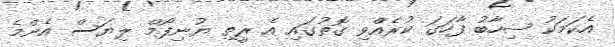
އެކަމަކު ޝިހާބު ފާހަގަ ކުރެއްވި ގޮތުގައި އެ ރީތި ޔުނިފޯމް ލިޔަސް އެންމެ